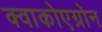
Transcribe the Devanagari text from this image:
क्वाकोएग्रोन